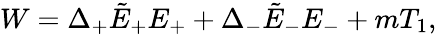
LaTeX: W=\Delta_{+}\tilde{E}_{+}E_{+}+\Delta_{-}\tilde{E}_{-}E_{-}+mT_{1},